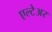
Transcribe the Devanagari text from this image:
एल्टेअर